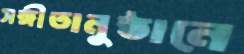
সঙ্গীতানুষ্ঠানে